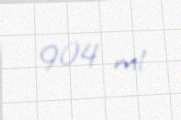
904 ml